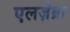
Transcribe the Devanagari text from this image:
एलज़ेब्रा